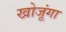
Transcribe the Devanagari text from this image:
खोजूंगा